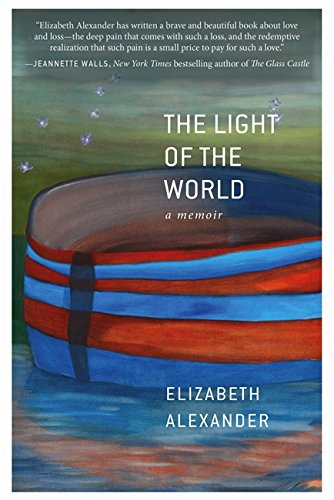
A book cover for The Light of the World: A Memoir; Elizabeth Alexander; Self-Help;